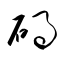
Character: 碍